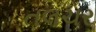
તલચર